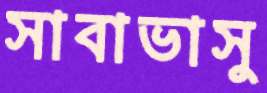
সাবাভাসু